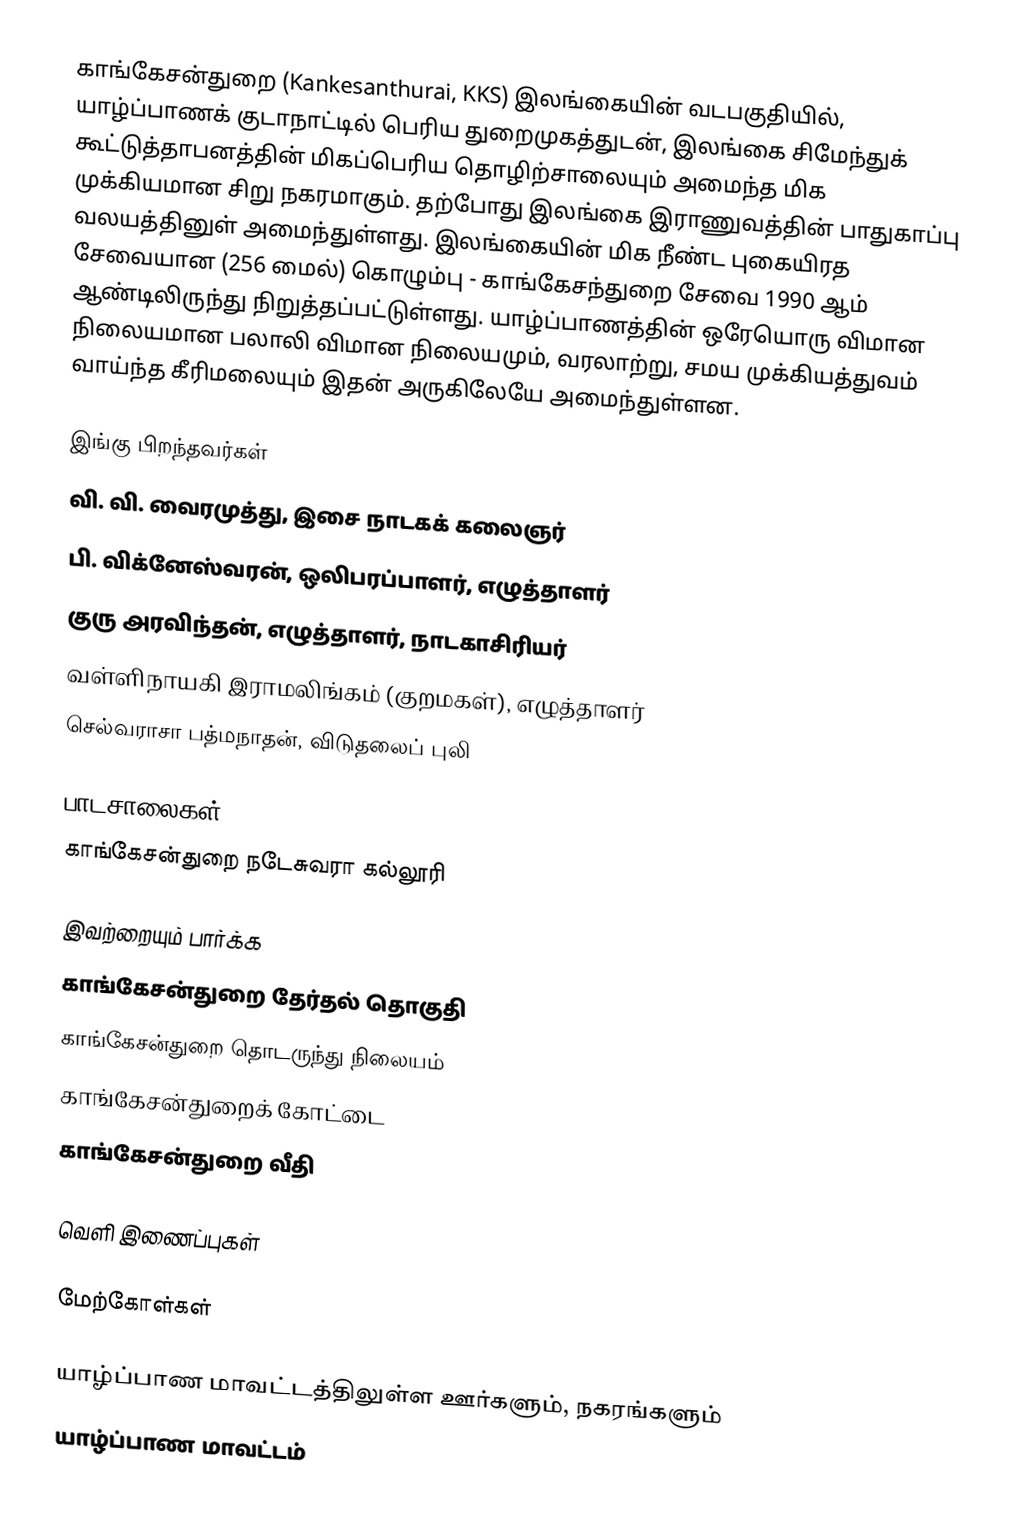
காங்கேசன்துறை (Kankesanthurai, KKS) இலங்கையின் வடபகுதியில், யாழ்ப்பாணக் குடாநாட்டில் பெரிய துறைமுகத்துடன், இலங்கை சிமேந்துக் கூட்டுத்தாபனத்தின் மிகப்பெரிய தொழிற்சாலையும் அமைந்த மிக முக்கியமான சிறு நகரமாகும். தற்போது இலங்கை இராணுவத்தின் பாதுகாப்பு வலயத்தினுள் அமைந்துள்ளது. இலங்கையின் மிக நீண்ட புகையிரத சேவையான (256 மைல்) கொழும்பு - காங்கேசந்துறை சேவை 1990 ஆம் ஆண்டிலிருந்து நிறுத்தப்பட்டுள்ளது. யாழ்ப்பாணத்தின் ஒரேயொரு விமான நிலையமான பலாலி விமான நிலையமும், வரலாற்று, சமய முக்கியத்துவம் வாய்ந்த கீரிமலையும் இதன் அருகிலேயே அமைந்துள்ளன.

இங்கு பிறந்தவர்கள்
 வி. வி. வைரமுத்து, இசை நாடகக் கலைஞர்
 பி. விக்னேஸ்வரன், ஒலிபரப்பாளர், எழுத்தாளர்
 குரு அரவிந்தன், எழுத்தாளர், நாடகாசிரியர்
 வள்ளிநாயகி இராமலிங்கம் (குறமகள்), எழுத்தாளர்
 செல்வராசா பத்மநாதன், விடுதலைப் புலி

பாடசாலைகள்
 காங்கேசன்துறை நடேசுவரா கல்லூரி

இவற்றையும் பார்க்க
காங்கேசன்துறை தேர்தல் தொகுதி
காங்கேசன்துறை தொடருந்து நிலையம்
காங்கேசன்துறைக் கோட்டை
காங்கேசன்துறை வீதி

வெளி இணைப்புகள்

மேற்கோள்கள்

யாழ்ப்பாண மாவட்டத்திலுள்ள ஊர்களும், நகரங்களும்
யாழ்ப்பாண மாவட்டம்